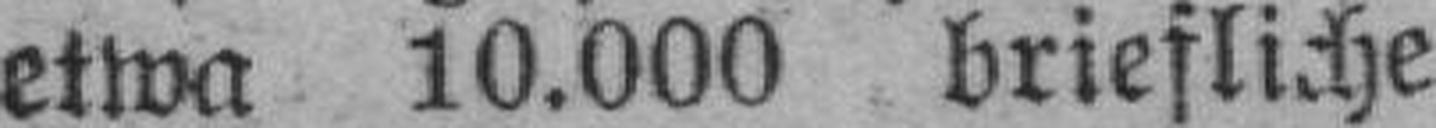
etwa 10.000 briefliche